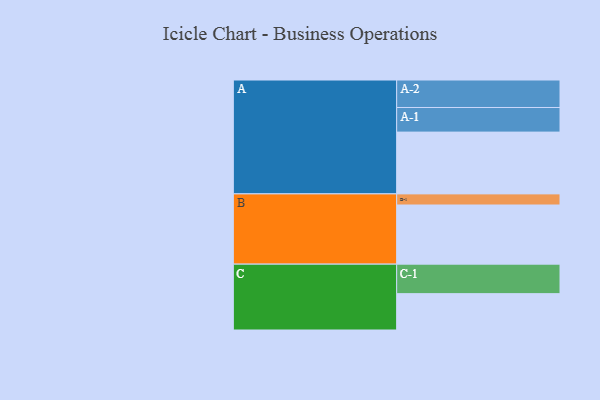
{"axis": {"x": "Segment", "y": "Value"}, "legend": ["", "A", "B", "C"], "data": [{"x": "A", "y": 517, "type": ""}, {"x": "B", "y": 495, "type": ""}, {"x": "C", "y": 304, "type": ""}, {"x": "A-1", "y": 206, "type": "A"}, {"x": "A-2", "y": 230, "type": "A"}, {"x": "B-1", "y": 93, "type": "B"}, {"x": "C-1", "y": 247, "type": "C"}]}